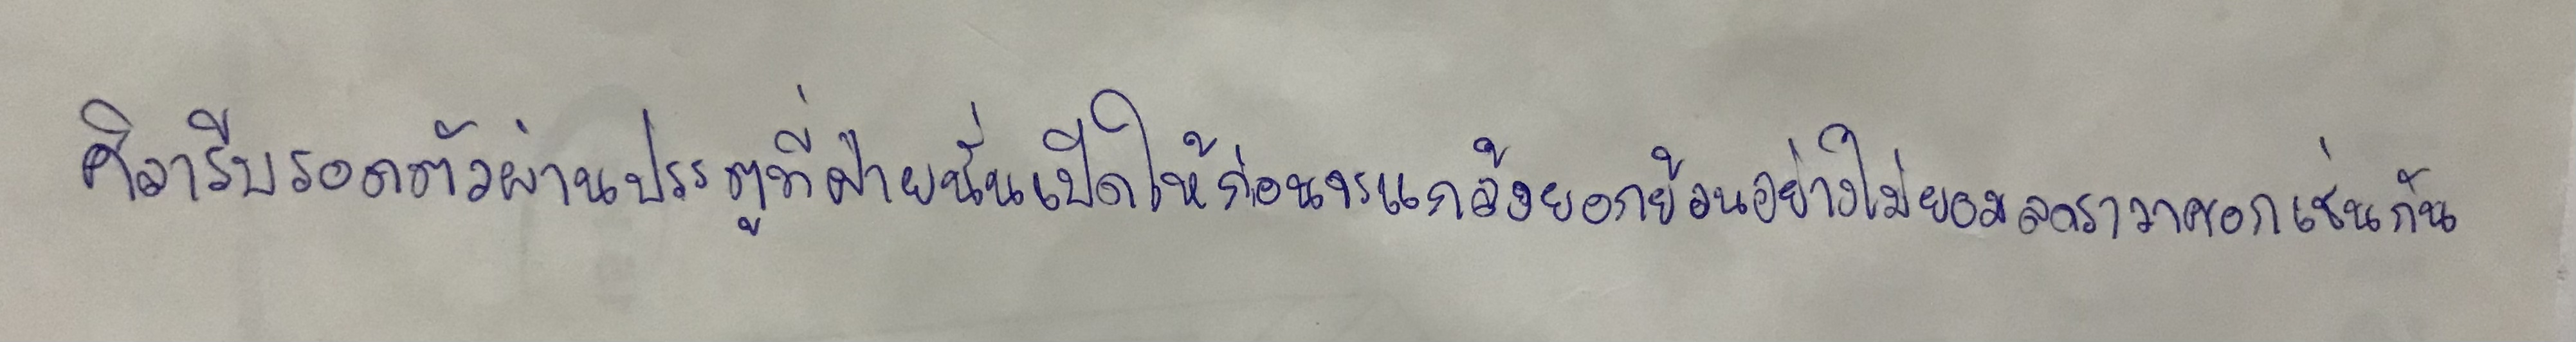
ศิลายั่วรีบรอดตัวผ่านเข้าประตูที่ฝ่ายนั้นเปิดให้ก่อนจะแกล้งยอกย้อนอย่างไม่ยอมลดราวาศอกเช่นกัน